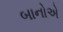
બાનોએ